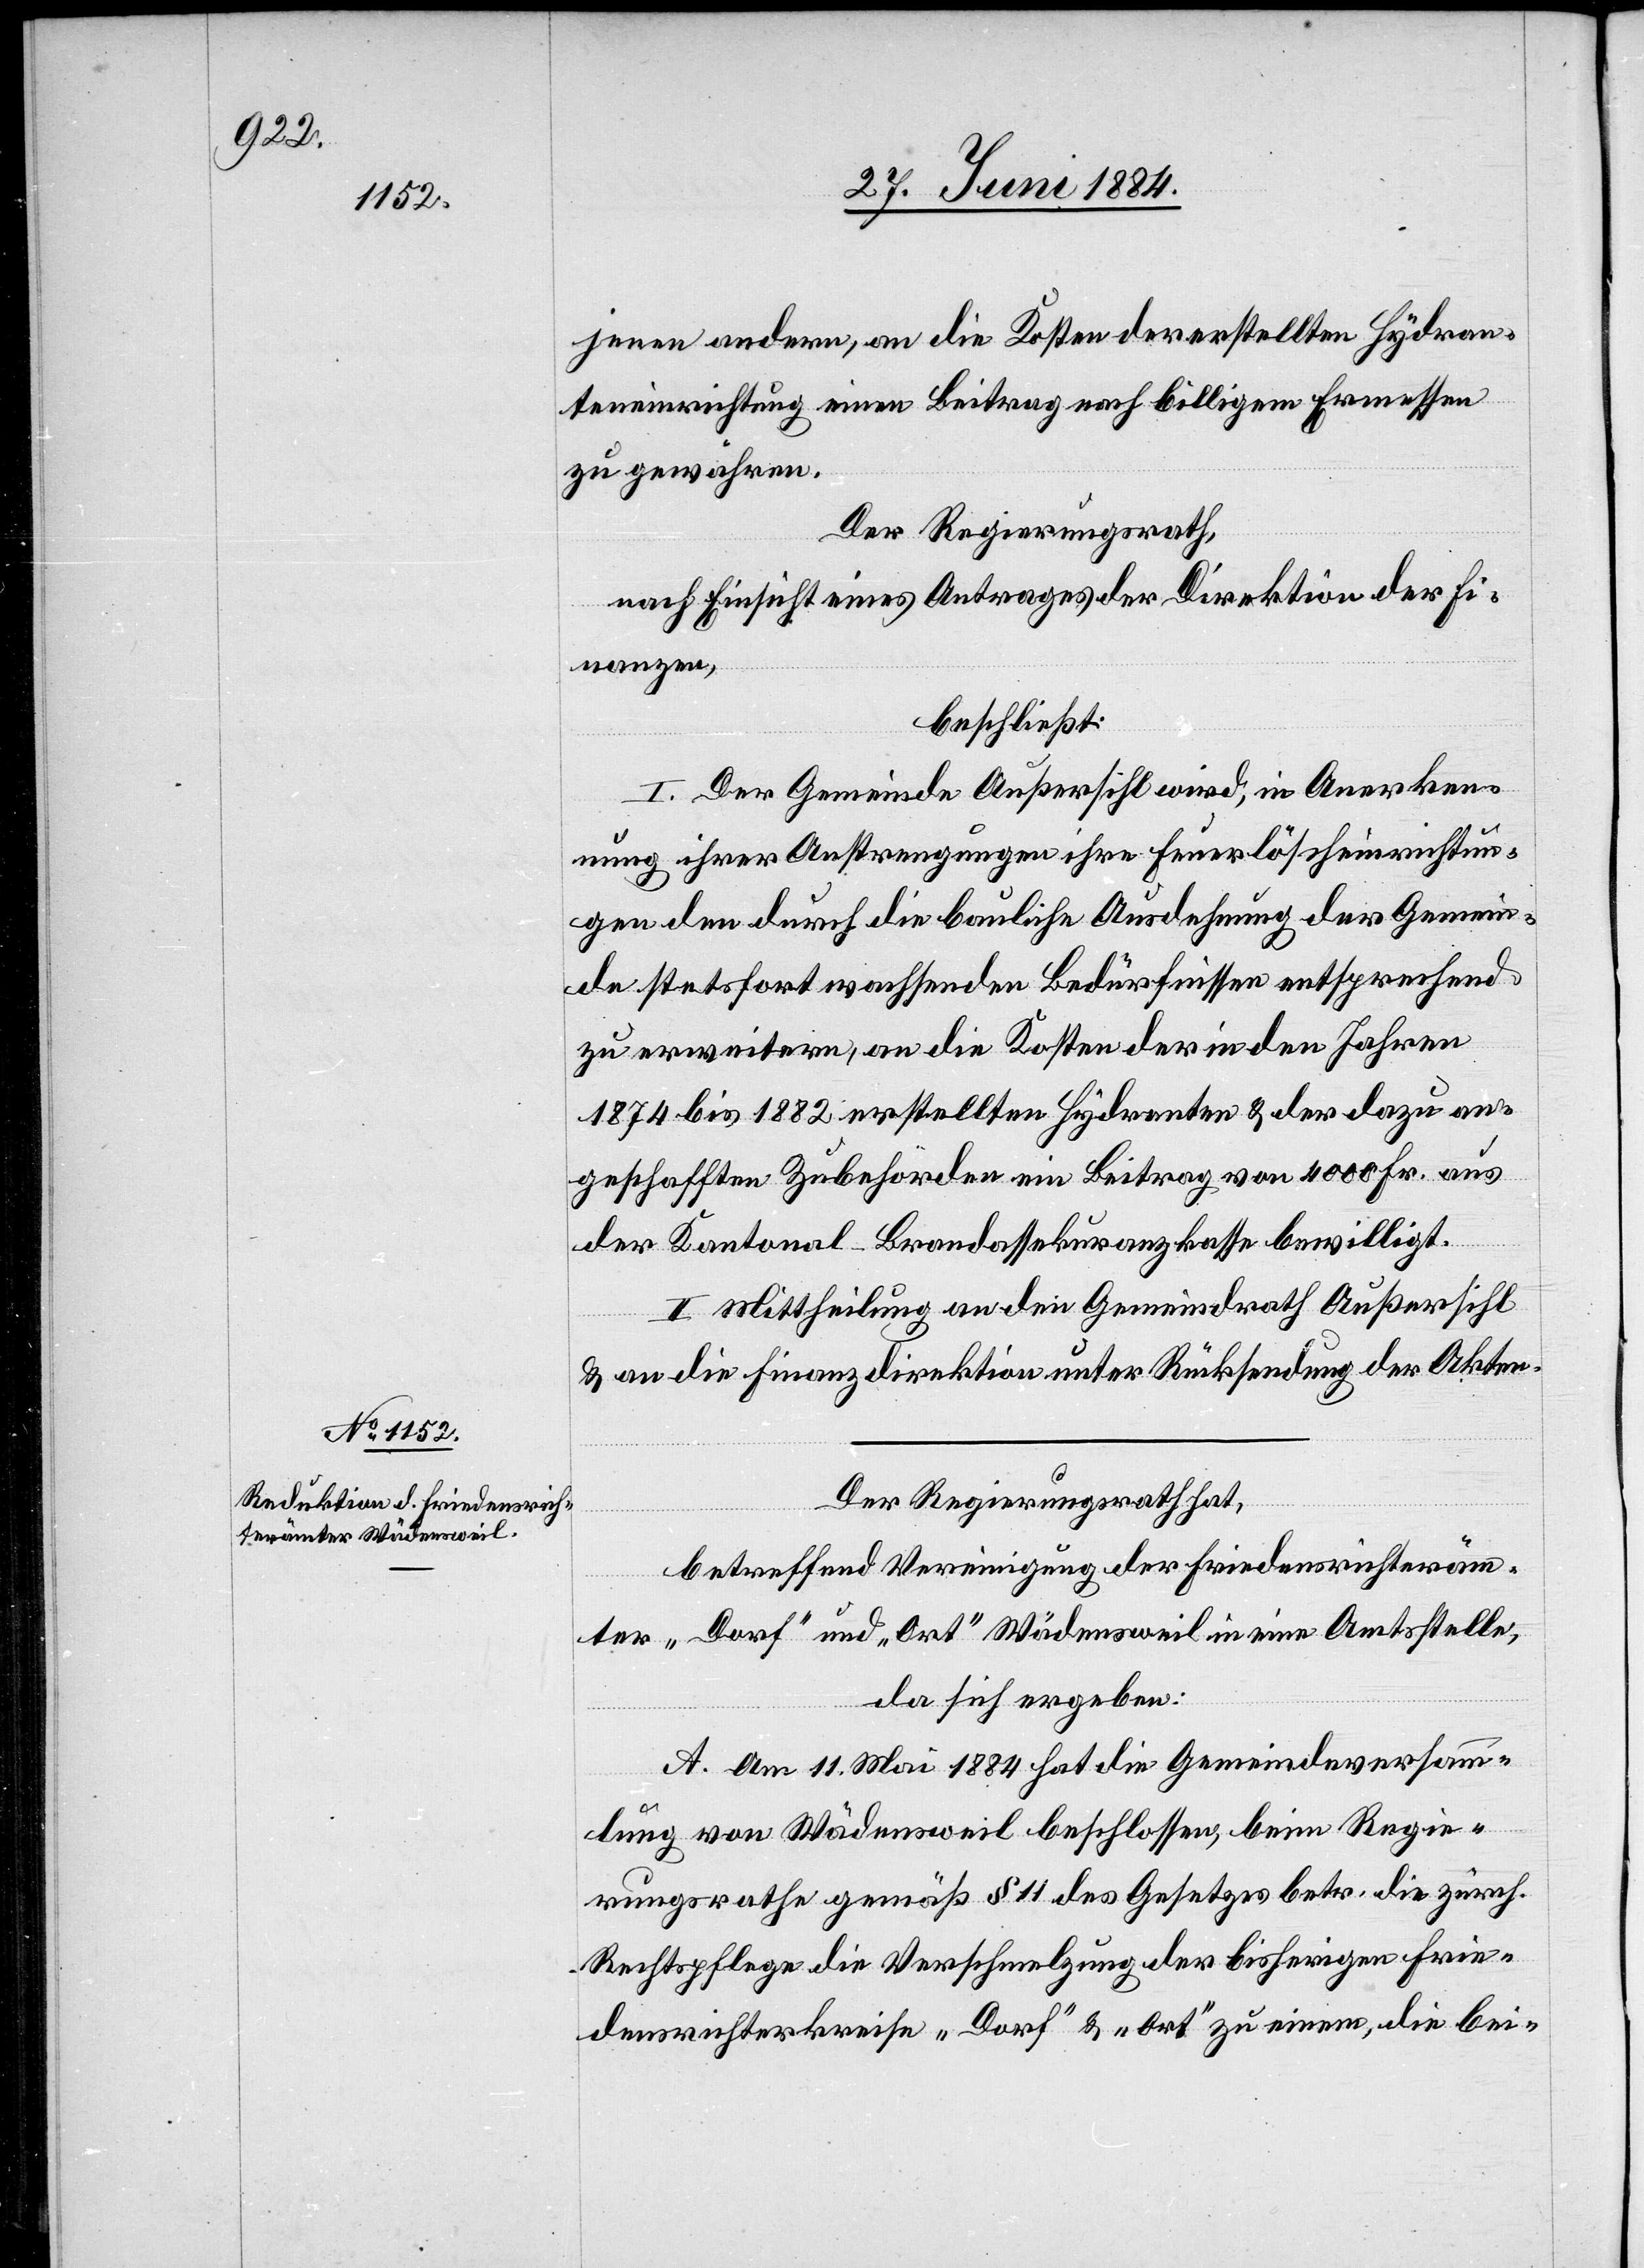
jenen andern, an die Kosten der erstellten Hydran¬
teneinrichtung einen Beitrag nach billigem Ermessen
zu gewähren.
Der Regierungsrath,
nach Einsicht eines Antrages der Direktion der Fi¬
nanzen,
beschließt:
I. Der Gemeinde Außersihl wird, in Anerken¬
nung ihrer Anstrengungen ihre Feuerlöscheinrichtun¬
gen den durch die bauliche Ausdehnung der Gemein¬
de stetsfort wachsenden Bedürfnisse entsprechend
zu erweitern, an die Kosten der in den Jahren
1874 bis 1882 erstellten Hydranten & der dazu an¬
geschafften Zubehörden ein Beitrag von 4000 Fr. aus
der Kantonal-Brandassekurranzkasse bewilligt.
II. Mittheilung an den Gemeindrath Außersihl
& an die Finanzdirektion unter Rücksendung der Akten.
Der Regierungsrath hat,
betreffend Vereinigung der Friedensrichteräm¬
ter „Dorf“ und „Ort“ Wädensweil in eine Amtsstelle,
da sich ergeben:
A. Am 11. Mai 1884 hat die Gemeindeversamm¬
lung von Wädensweil beschlossen, beim Regie¬
rungsrathe gemäß § 11 des Gesetzes betr. die zürch.
Rechtspflege die Verschmelzung der bisherigen Frie¬
densrichterkreise „Dorf“ & „Ort“ zu einem, die bei-